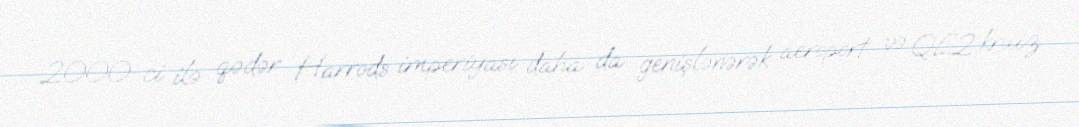
2000-ci ilə qədər Harrods imperiyası daha da genişlənərək aeroport və QE2 kruiz